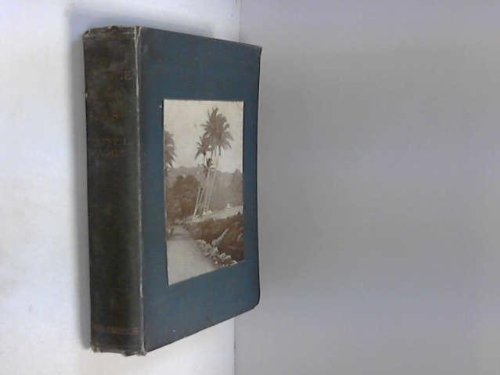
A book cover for The romance of the South Seas,; Clement L Wragge; Travel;